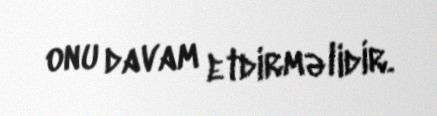
onu davam etdirməlidir.